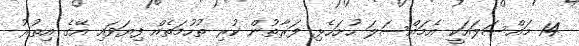
14 މައްސަލައަކީ އެމައްސަލަ ހުށަހެޅި ފަރާތުން ކުރި ތުހުމަތެއް ފިޔަވައި އޭގެ އިތުރު